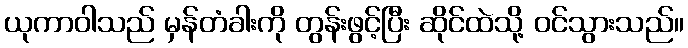
ယုကာဝါသည် မှန်တံခါးကို တွန်းဖွင့်ပြီး ဆိုင်ထဲသို့ ဝင်သွားသည်။